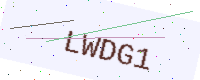
Text: LWDG1